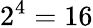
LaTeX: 2^{4}=16